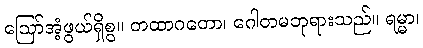
ဩော်အံ့ဖွယ်ရှိစွ။ တထာဂတော၊ ဂေါတမဘုရားသည်။ ရမ္မာ၊